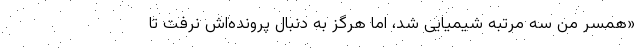
«همسر من سه مرتبه شیمیایی شد، اما هرگز به دنبال پرونده‌اش نرفت تا